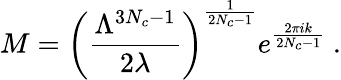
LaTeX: M=\left(\frac{\Lambda^{3N_{c}-1}}{2\lambda}\right)^{\frac{1}{2N_{c}-1}}e^{\frac{2\pi ik}{2N_{c}-1}}~.